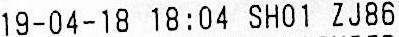
19-04-18 18:04 SH01 ZJ86